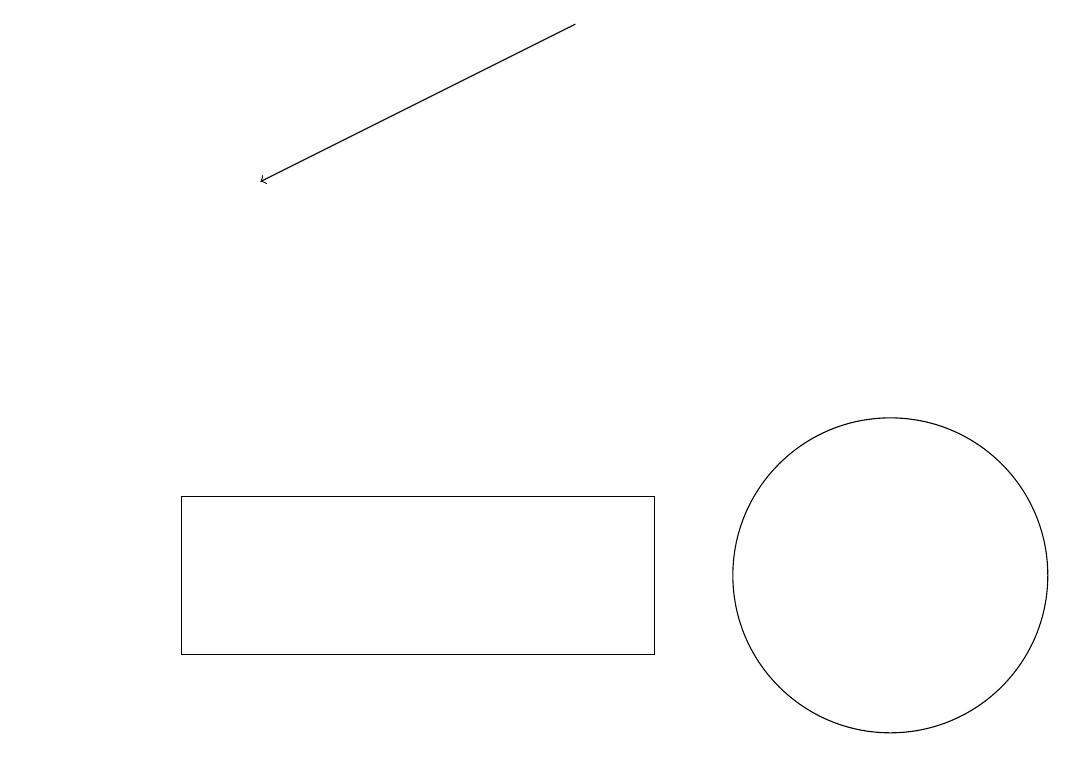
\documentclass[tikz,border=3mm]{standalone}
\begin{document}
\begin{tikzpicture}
\draw (9,11) rectangle (3,13);
\draw[->] (8,19) -- (4,17);
\draw (12,12) circle (2);
\draw (1,14) rectangle (1,14);
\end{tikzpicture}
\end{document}